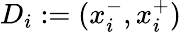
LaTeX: D_{i}:=(x_{i}^{-},x_{i}^{+})